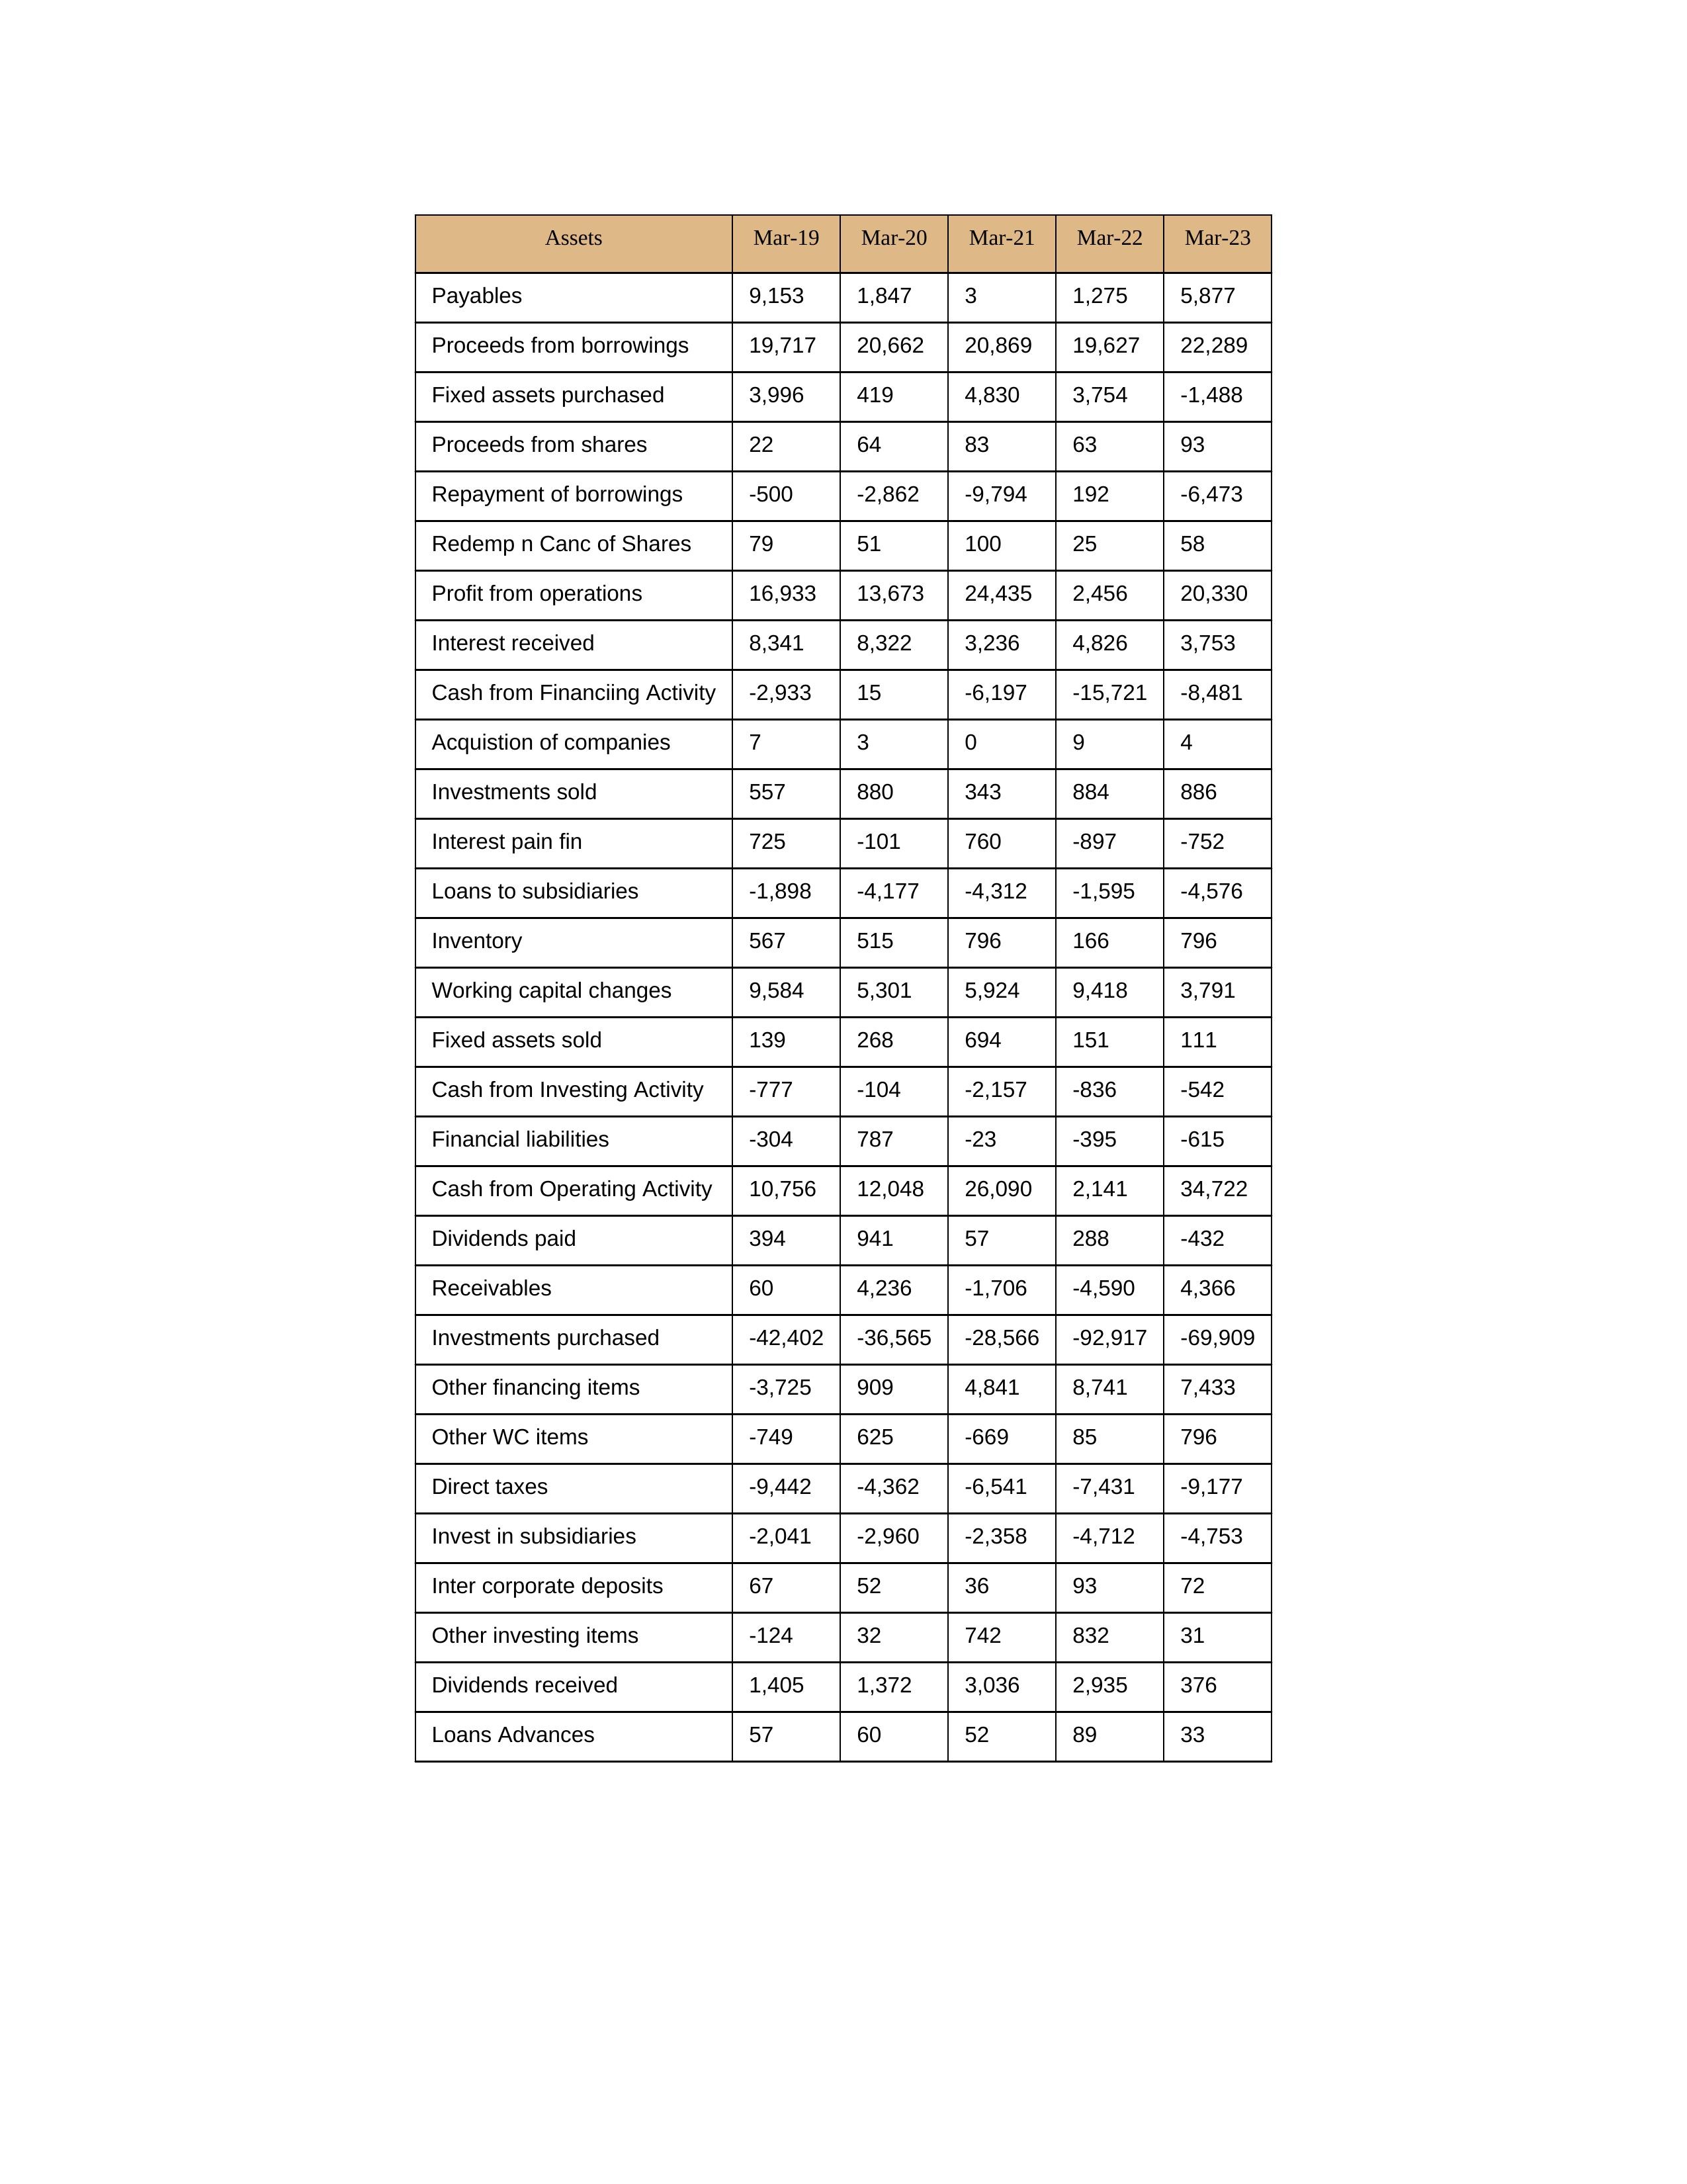
gt_parse: Mar-19: Cash from Operating Activity: 10,756
Profit from operations: 16,933
Receivables: 60
Inventory: 567
Payables: 9,153
Loans Advances: 57
Other WC items: -749
Working capital changes: 9,584
Direct taxes: -9,442
Cash from Investing Activity: -777
Fixed assets purchased: 3,996
Fixed assets sold: 139
Investments purchased: -42,402
Investments sold: 557
Interest received: 8,341
Dividends received: 1,405
Invest in subsidiaries: -2,041
Loans to subsidiaries: -1,898
Redemp n Canc of Shares: 79
Acquistion of companies: 7
Inter corporate deposits: 67
Other investing items: -124
Cash from Financiing Activity: -2,933
Proceeds from shares: 22
Proceeds from borrowings: 19,717
Repayment of borrowings: -500
Interest pain fin: 725
Dividends paid: 394
Financial liabilities: -304
Other financing items: -3,725
Mar-20: Cash from Operating Activity: 12,048
Profit from operations: 13,673
Receivables: 4,236
Inventory: 515
Payables: 1,847
Loans Advances: 60
Other WC items: 625
Working capital changes: 5,301
Direct taxes: -4,362
Cash from Investing Activity: -104
Fixed assets purchased: 419
Fixed assets sold: 268
Investments purchased: -36,565
Investments sold: 880
Interest received: 8,322
Dividends received: 1,372
Invest in subsidiaries: -2,960
Loans to subsidiaries: -4,177
Redemp n Canc of Shares: 51
Acquistion of companies: 3
Inter corporate deposits: 52
Other investing items: 32
Cash from Financiing Activity: 15
Proceeds from shares: 64
Proceeds from borrowings: 20,662
Repayment of borrowings: -2,862
Interest pain fin: -101
Dividends paid: 941
Financial liabilities: 787
Other financing items: 909
Mar-21: Cash from Operating Activity: 26,090
Profit from operations: 24,435
Receivables: -1,706
Inventory: 796
Payables: 3
Loans Advances: 52
Other WC items: -669
Working capital changes: 5,924
Direct taxes: -6,541
Cash from Investing Activity: -2,157
Fixed assets purchased: 4,830
Fixed assets sold: 694
Investments purchased: -28,566
Investments sold: 343
Interest received: 3,236
Dividends received: 3,036
Invest in subsidiaries: -2,358
Loans to subsidiaries: -4,312
Redemp n Canc of Shares: 100
Acquistion of companies: 0
Inter corporate deposits: 36
Other investing items: 742
Cash from Financiing Activity: -6,197
Proceeds from shares: 83
Proceeds from borrowings: 20,869
Repayment of borrowings: -9,794
Interest pain fin: 760
Dividends paid: 57
Financial liabilities: -23
Other financing items: 4,841
Mar-22: Cash from Operating Activity: 2,141
Profit from operations: 2,456
Receivables: -4,590
Inventory: 166
Payables: 1,275
Loans Advances: 89
Other WC items: 85
Working capital changes: 9,418
Direct taxes: -7,431
Cash from Investing Activity: -836
Fixed assets purchased: 3,754
Fixed assets sold: 151
Investments purchased: -92,917
Investments sold: 884
Interest received: 4,826
Dividends received: 2,935
Invest in subsidiaries: -4,712
Loans to subsidiaries: -1,595
Redemp n Canc of Shares: 25
Acquistion of companies: 9
Inter corporate deposits: 93
Other investing items: 832
Cash from Financiing Activity: -15,721
Proceeds from shares: 63
Proceeds from borrowings: 19,627
Repayment of borrowings: 192
Interest pain fin: -897
Dividends paid: 288
Financial liabilities: -395
Other financing items: 8,741
Mar-23: Cash from Operating Activity: 34,722
Profit from operations: 20,330
Receivables: 4,366
Inventory: 796
Payables: 5,877
Loans Advances: 33
Other WC items: 796
Working capital changes: 3,791
Direct taxes: -9,177
Cash from Investing Activity: -542
Fixed assets purchased: -1,488
Fixed assets sold: 111
Investments purchased: -69,909
Investments sold: 886
Interest received: 3,753
Dividends received: 376
Invest in subsidiaries: -4,753
Loans to subsidiaries: -4,576
Redemp n Canc of Shares: 58
Acquistion of companies: 4
Inter corporate deposits: 72
Other investing items: 31
Cash from Financiing Activity: -8,481
Proceeds from shares: 93
Proceeds from borrowings: 22,289
Repayment of borrowings: -6,473
Interest pain fin: -752
Dividends paid: -432
Financial liabilities: -615
Other financing items: 7,433